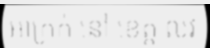
អាក្រក់ នៅ ខេត្ត លវ